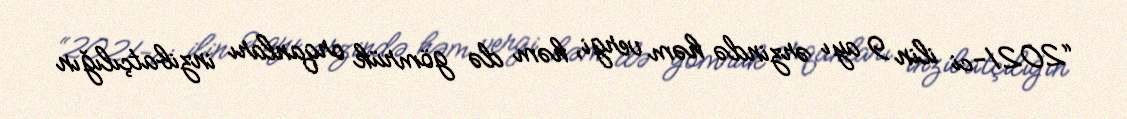
“2021-ci ilin 9 ayı ərzində həm vergi, həm də gömrük orqanları inzibatçılığın